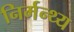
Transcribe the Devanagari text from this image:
निर्मन्थ्य